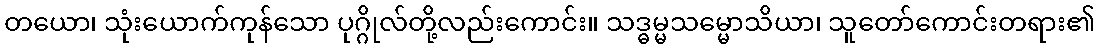
တယော၊ သုံးယောက်ကုန်သော ပုဂ္ဂိုလ်တို့လည်းကောင်း။ သဒ္ဓမ္မသမ္မောသိယာ၊ သူတော်ကောင်းတရား၏